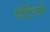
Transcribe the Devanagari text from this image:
पोर्टिनारी